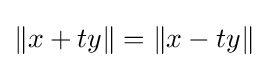
{\textstyle \left\|x+ty\right\|=\left\|x-ty\right\|}